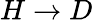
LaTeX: H\to D